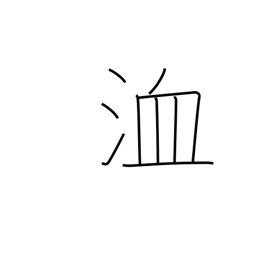
Meaning: ditch